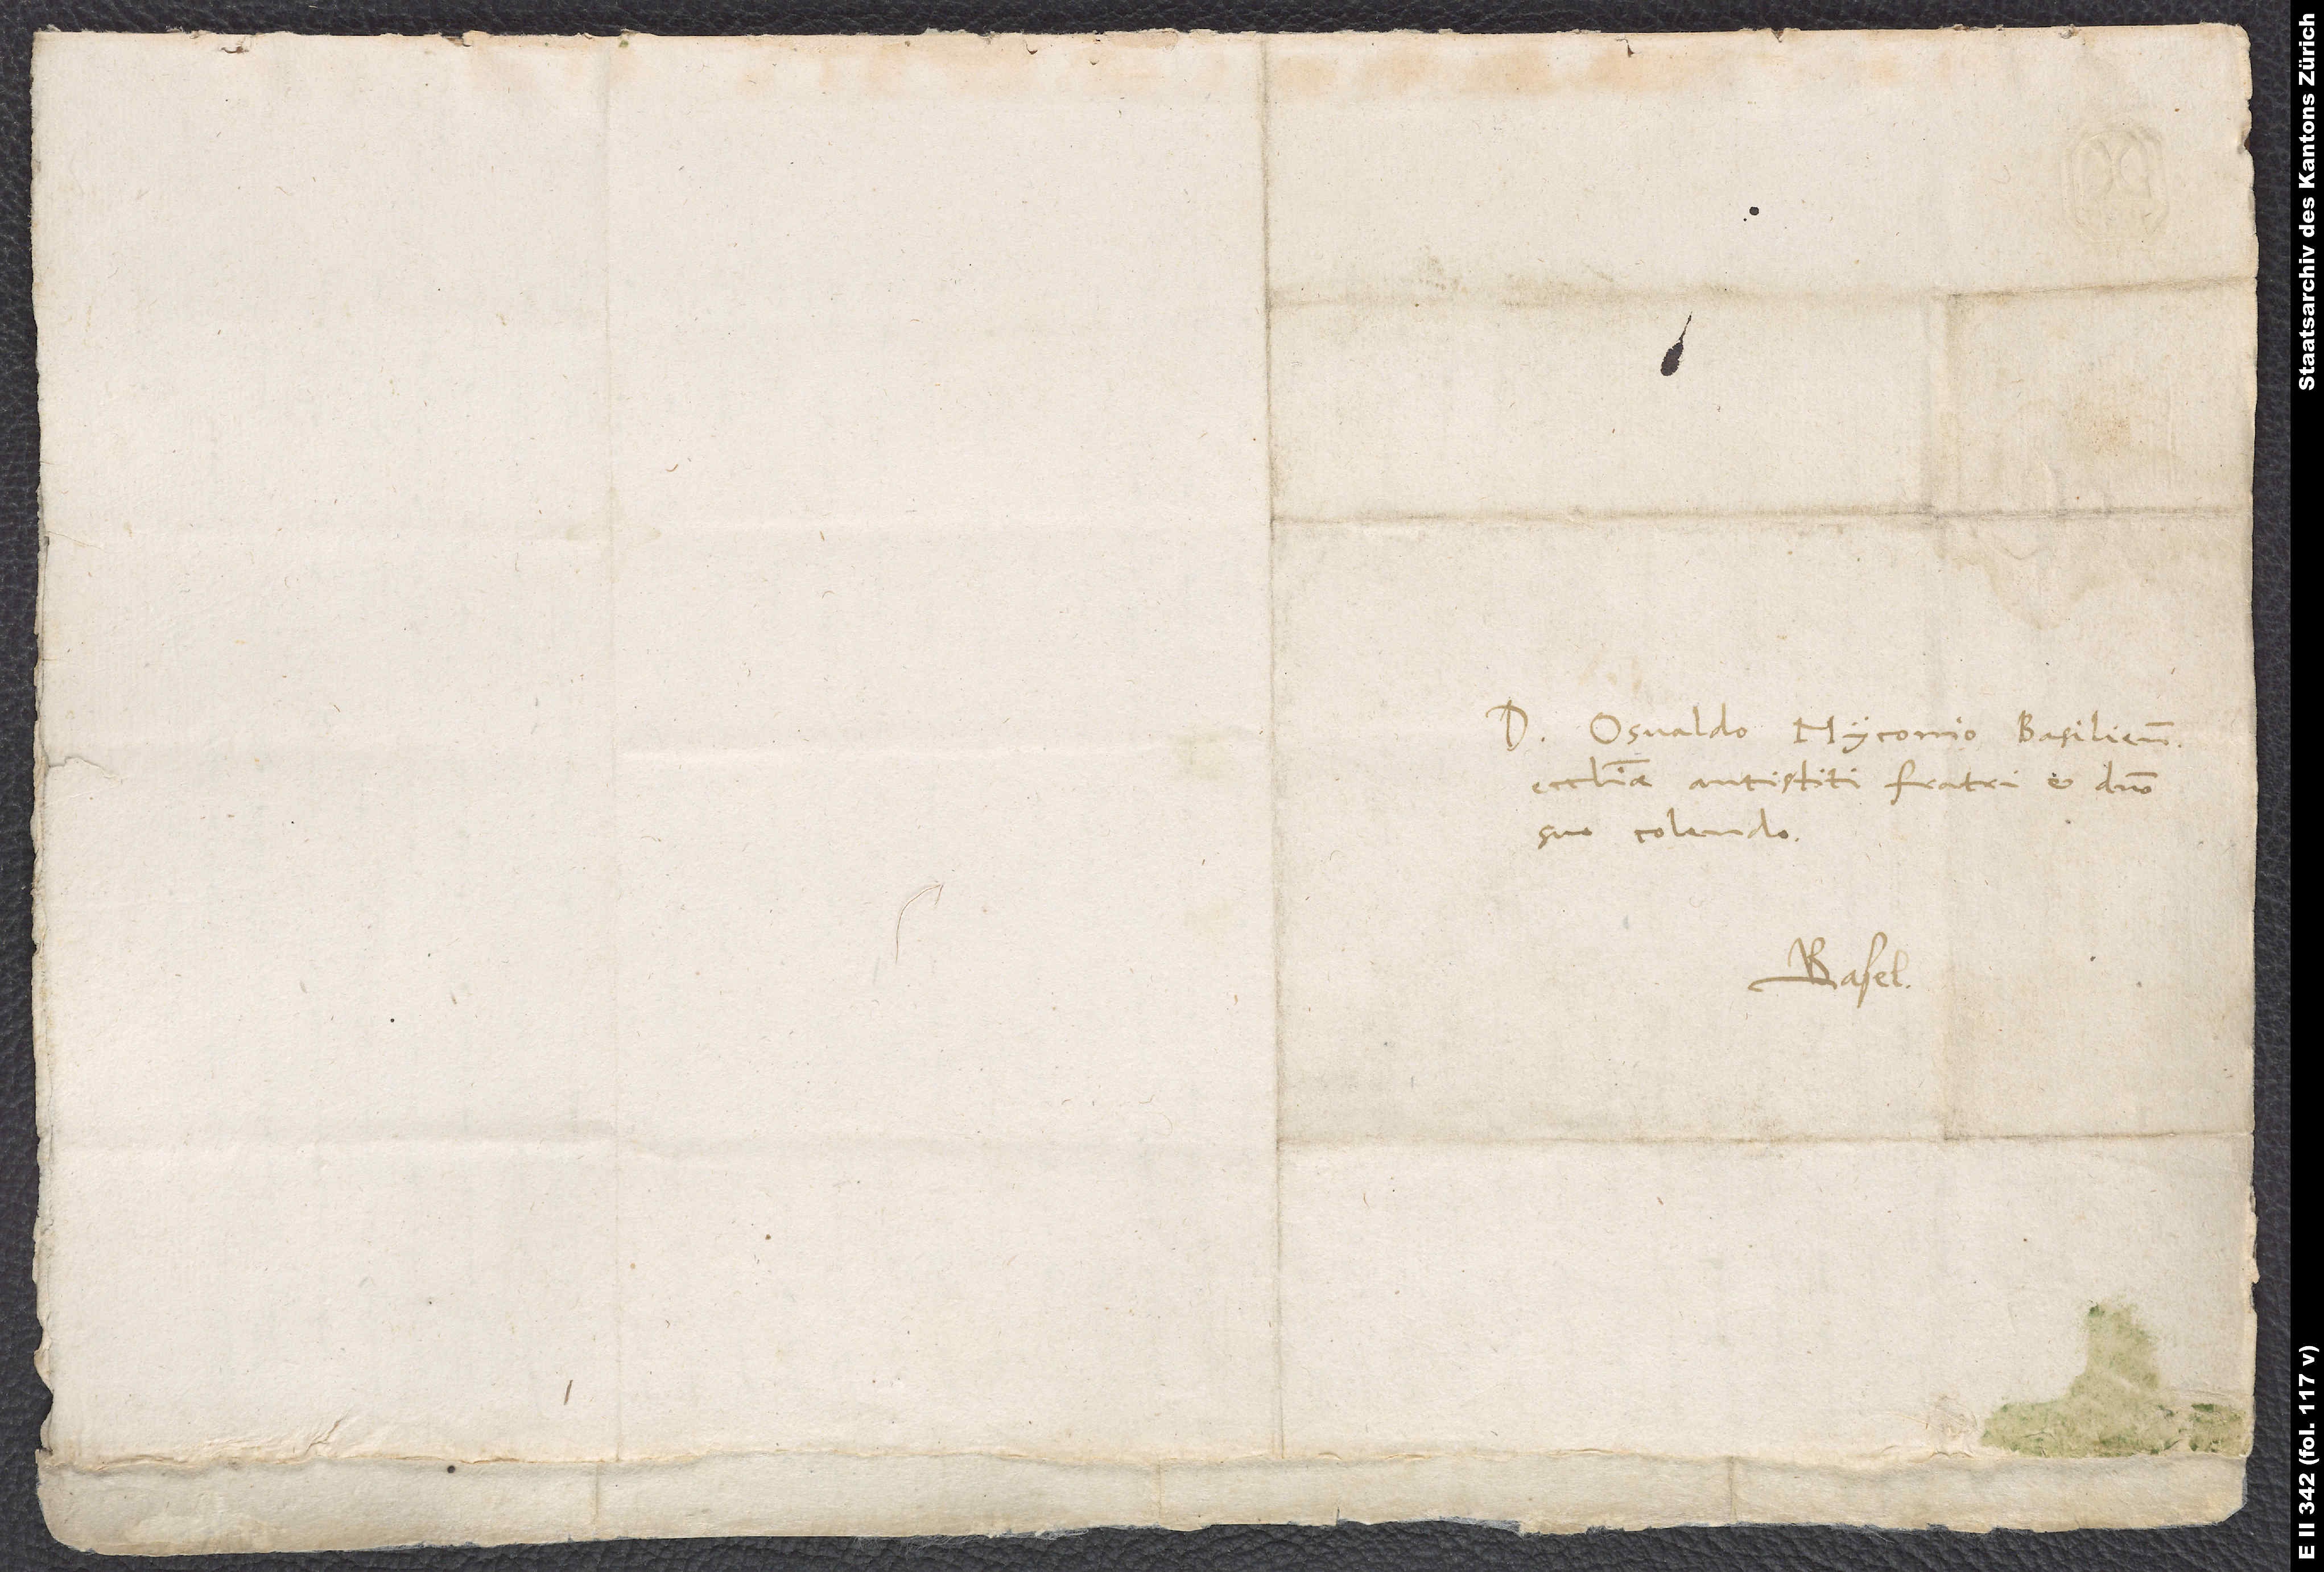
D. Osvaldo Myconio, Basiliensis
ecclesiae antistiti, fratri et domino
suo colendo.
Basel.